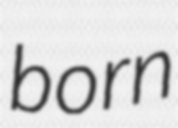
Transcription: born